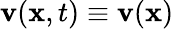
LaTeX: \mathbf{v}(\mathbf{x},t)\equiv\mathbf{v}(\mathbf{x})